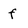
Character: f